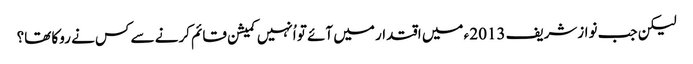
لیکن جب نوازشریف 2013 ء میں اقتدار میں آئے تو اُنہیں کمیشن قائم کرنے سے کس نے روکا تھا؟